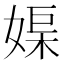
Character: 𡞮